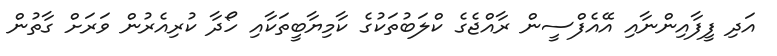
އަދި ފީފާއިންނާއި އޭއެފްސީން ރާއްޖެގެ ކްލަބުތަކުގެ ކާމިޔާބީތަކާއި ހޯދާ ކުރިއެރުން ވަރަށް ގާތުން